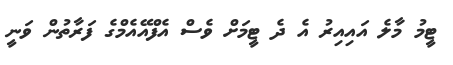
ޓީމު މާލެ އައިއިރު އެ ދެ ޓީމަށް ވެސް އެފްއޭއެމްގެ ފަރާތުން ވަނީ